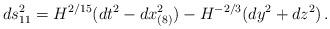
LaTeX: \begin{align*}ds^2_{11} = H^{2/15} (dt^2 - dx^2_{(8)}) - H^{-2/3} (dy^2 + dz^2)\, .\end{align*}